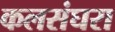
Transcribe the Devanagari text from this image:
कलसंघरा